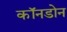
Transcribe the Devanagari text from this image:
कॉनडोन